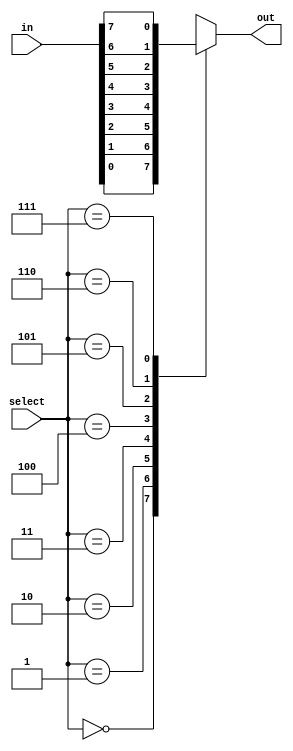
module f3_test_6(input [7:0] in, input [2:0] select, output reg out);
always @( in or select)
    case (select)
	    0: out = in[0];
	    1: out = in[1];
	    2: out = in[2];
	    3: out = in[3];
	    4: out = in[4];
	    5: out = in[5];
	    6: out = in[6];
	    7: out = in[7];
	endcase
endmodule